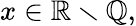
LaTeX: x\in\mathbb{R}\smallsetminus\mathbb{Q},